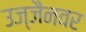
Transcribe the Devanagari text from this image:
उज्जैनवर